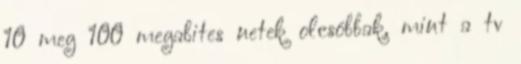
10 meg 100 megabites netek olcsóbbak, mint a tv